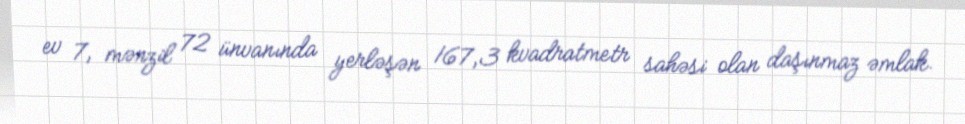
ev 7, mənzil 72 ünvanında yerləşən 167,3 kvadratmetr sahəsi olan daşınmaz əmlak.